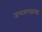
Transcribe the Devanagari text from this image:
जन्ममरणाच्या